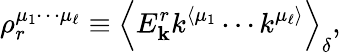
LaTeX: \rho_{r}^{\mu_{1}\cdots\mu_{\ell}}\equiv\left\langle E_{\mathbf{k}}^{r}k^{\langle\mu_{1}}\cdots k^{\mu_{\ell}\rangle}\right\rangle_{\delta},